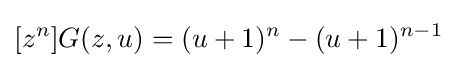
[z^{n}]G(z,u)=(u+1)^{n}-(u+1)^{n-1}